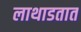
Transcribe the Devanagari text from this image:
लाथाडतात